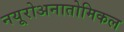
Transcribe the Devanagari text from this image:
नयूरोअनातोमिकल